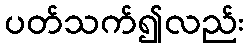
ပတ်သက်၍လည်း